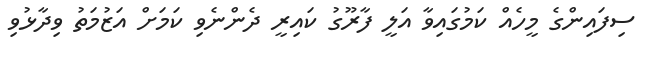
ސިފައިންގެ މީހެއް ކަމުގައިވާ އަލީ ފާރޫގު ކައިރީ ދެންނެވި ކަމަށް އަޒުމަތު ވިދާޅުވި